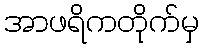
အာဖရိကတိုက်မှ